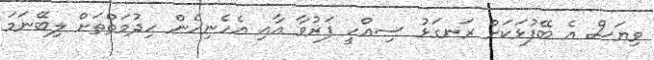
ވިޔަސް އެ ބޭފުޅަކަށް ރަނގަޅު ސިއްހީ ފަރުވާ އާއި އެހެނިހެން ހިދުމަތްތަށް ލިބޭނަމަ